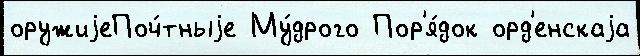
оружиjеПоч́тныjе Му́дрого Пор'я́док орд'енскаjа